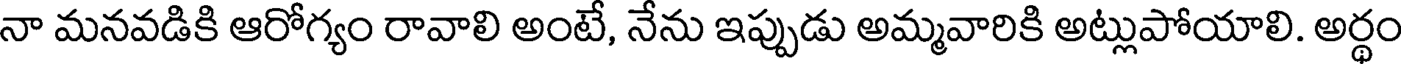
నా మనవడికి ఆరోగ్యం రావాలి అంటే, నేను ఇప్పుడు అమ్మవారికి అట్లుపోయాలి. అర్థం